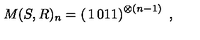
M ( S , R ) _ { n } = \left( \begin{matrix} { 1 } & { 0 } \\ { 1 } & { 1 } \\ \end{matrix} \right) ^ { \otimes ( n - 1 ) } \ ,